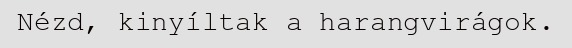
Nézd, kinyíltak a harangvirágok.